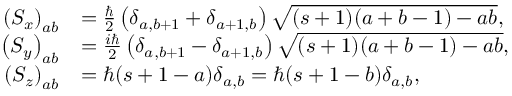
{ \begin{array} { r l } { \left( S _ { x } \right) _ { a b } } & { = { \frac { \hbar } { 2 } } \left( \delta _ { a , b + 1 } + \delta _ { a + 1 , b } \right) { \sqrt { ( s + 1 ) ( a + b - 1 ) - a b } } , } \\ { \left( S _ { y } \right) _ { a b } } & { = { \frac { i \hbar } { 2 } } \left( \delta _ { a , b + 1 } - \delta _ { a + 1 , b } \right) { \sqrt { ( s + 1 ) ( a + b - 1 ) - a b } } , } \\ { \left( S _ { z } \right) _ { a b } } & { = \hbar ( s + 1 - a ) \delta _ { a , b } = \hbar ( s + 1 - b ) \delta _ { a , b } , } \end{array} }